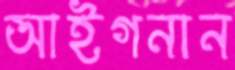
আইগনান